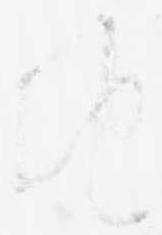
地